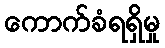
ကောက်ခံရရှိမှု